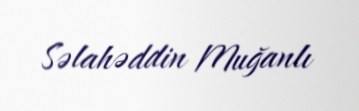
Səlahəddin Muğanlı